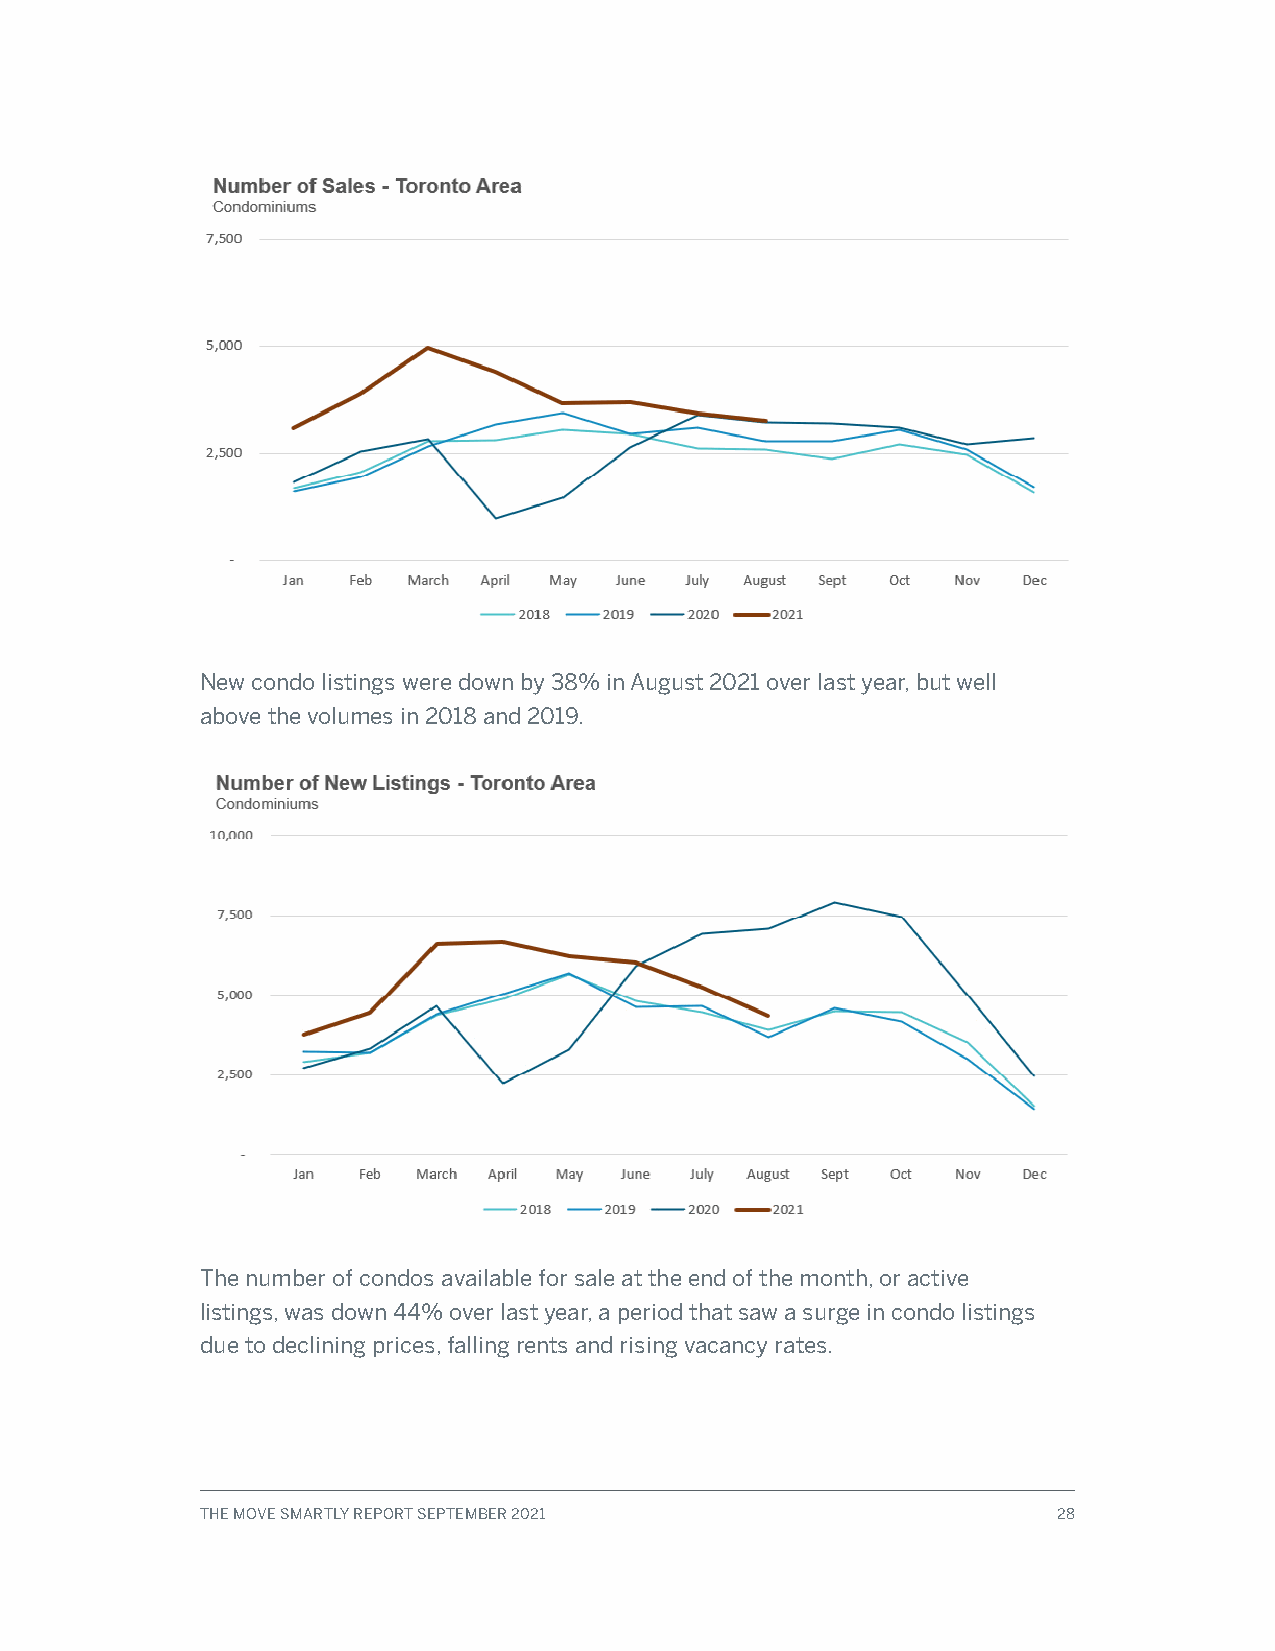
New condo listings were down by 38% in August 2021 over last year, but well
 above the volumes in 2018 and 2019.
 The number of condos available for sale at the end of the month, or active
 listings, was down 44% over last year, a period that saw a surge in condo listings
 due to declining prices, falling rents and rising vacancy rates.
 THE MOVE SMARTLY REPORT SEPTEMBER 2021                   28